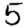
Digit: 5